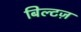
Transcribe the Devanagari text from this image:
बिल्टज़